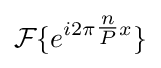
{\mathcal {F}}\{e^{i2\pi {\tfrac {n}{P}}x}\}